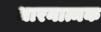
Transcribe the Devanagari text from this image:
धारनात्मक